Sanitation, dispensaries and jails vaccination Rajputana 1922-1927 - 1922-1927
Year: 1922
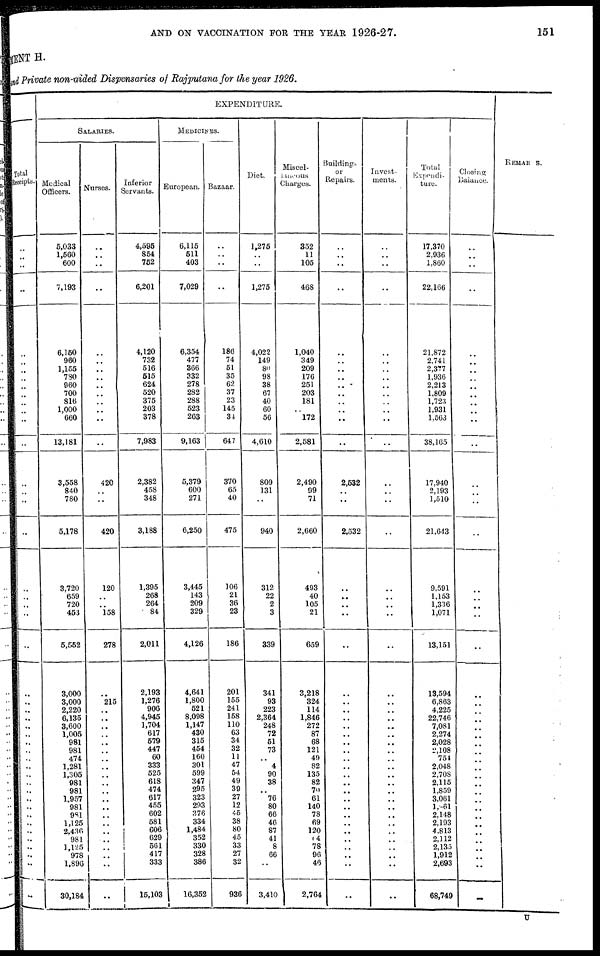
AND ON VACCINATION FOR THE YEAR 1926-27.
151
MENT H.
and Private non-aided Dispensaries of Rajputana for the year 1926.
Total
Receipts.
..
..
...
..
..
..
..
..
..
..
..
..
..
..
..
..
..
..
..
..
..
..
..
..
..
..
..
..
..
..
..
..
..
..
..
..
..
..
..
..
..
..
..
..
..
..
EXPENDITURE.
SALARIES.
Medical
Officers.
5,033
1,560
600
7,193
6,150
960
1,155
780
960
700
816
1,000
660
13,181
3,558
840
780
5,178
3,720
659
720
453
5,552
3,000
3,000
2,220
6,135
3,600
1,005
981
981
474
1,281
1,305
981
981
1,957
981
981
1,125
2,436
981
1,125
978
1,896
30,184
Nurses.
..
..
..
..
..
..
..
..
..
..
..
..
..
..
420
..
..
420
120
..
..
158
278
..
215
..
..
..
..
..
..
..
..
..
..
..
..
..
..
..
..
..
..
..
..
..
Inferior
Servants.
4,595
854
752
6,201
4,120
732
516
515
624
520
375
203
378
7,983
2,382
458
348
3,188
1,395
268
264
84
2,011
2,193
1,276
906
4,945
1,704
617
579
447
60
333
525
618
474
617
455
602
581
606
629
561
417
333
15,103
MEDICINES.
European.
6,115
511
403
7,029
6,354
477
366
332
278
282
288
523
263
9,163
5,379
600
271
6,250
3,445
143
209
329
4,126
4,641
1,800
521
8,098
1,147
430
315
454
160
301
599
347
295
323
293
376
334
1,484
352
330
328
386
16,352
Bazaar.
..
..
..
..
186
74
51
35
62
37
23
145
34
647
370
65
40
475
106
21
36
23
186
201
155
241
158
110
63
34
32
11
47
54
49
39
27
12
45
38
80
45
33
27
32
936
Diet.
1,275
..
..
1,275
4,022
149
80
98
38
67
40
60
56
4,610
809
131
..
940
312
22
2
3
339
341
93
223
2,364
248
72
51
73
..
4
90
38
..
76
80
66
46
87
41
8
66
..
3,410
Miscel-
laneous
Charges.
352
11
105
468
1,040
349
209
176
251
203
181
..
172
2,581
2,490
99
71
2,660
493
40
105
21
659
3,218
324
114
1,846
272
87
68
121
49
82
135
82
70
61
140
78
69
120
14
78
96
46
2,764
Buildings
or
Repairs.
..
..
..
..
..
..
..
..
..
..
..
..
..
..
2,532
..
..
2,532
..
..
..
..
..
..
..
..
..
..
..
..
..
..
..
..
..
..
..
..
..
..
..
..
..
..
..
..
Invest-
ments.
..
..
..
..
..
..
..
..
..
..
..
..
..
..
..
..
..
..
..
..
..
..
..
..
..
..
..
..
..
..
..
..
..
..
..
..
..
..
..
..
..
..
..
..
..
..
Total
Expendi-
ture.
17,370
2,936
1,860
22,166
21,872
2,741
2,377
1,936
2,213
1,809
1,723
1,931
1,563
38,165
17,940
2,193
1,510
21,643
9,591
1,153
1,336
1,071
13,151
13,594
6,863
4,225
22,746
7,081
2,274
2,028
2,108
754
2,048
2,708
2,115
1,859
3,061
1 ,861
2,148
2,193
4,813
2,112
2,133
1,912
2,693
68,749
Closing
Balance.
..
..
..
..
..
..
..
..
..
..
..
..
..
..
..
..
..
..
..
..
..
..
..
..
..
..
..
..
..
..
..
..
..
..
..
..
..
..
..
..
..
..
..
..
..
..
REMARKS.
U